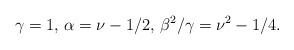
LaTeX: \begin{align*}\gamma=1,\,\alpha=\nu-1/2,\,\beta^2/\gamma=\nu^2-1/4.\end{align*}